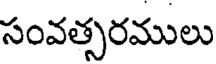
సంవత్సరములు